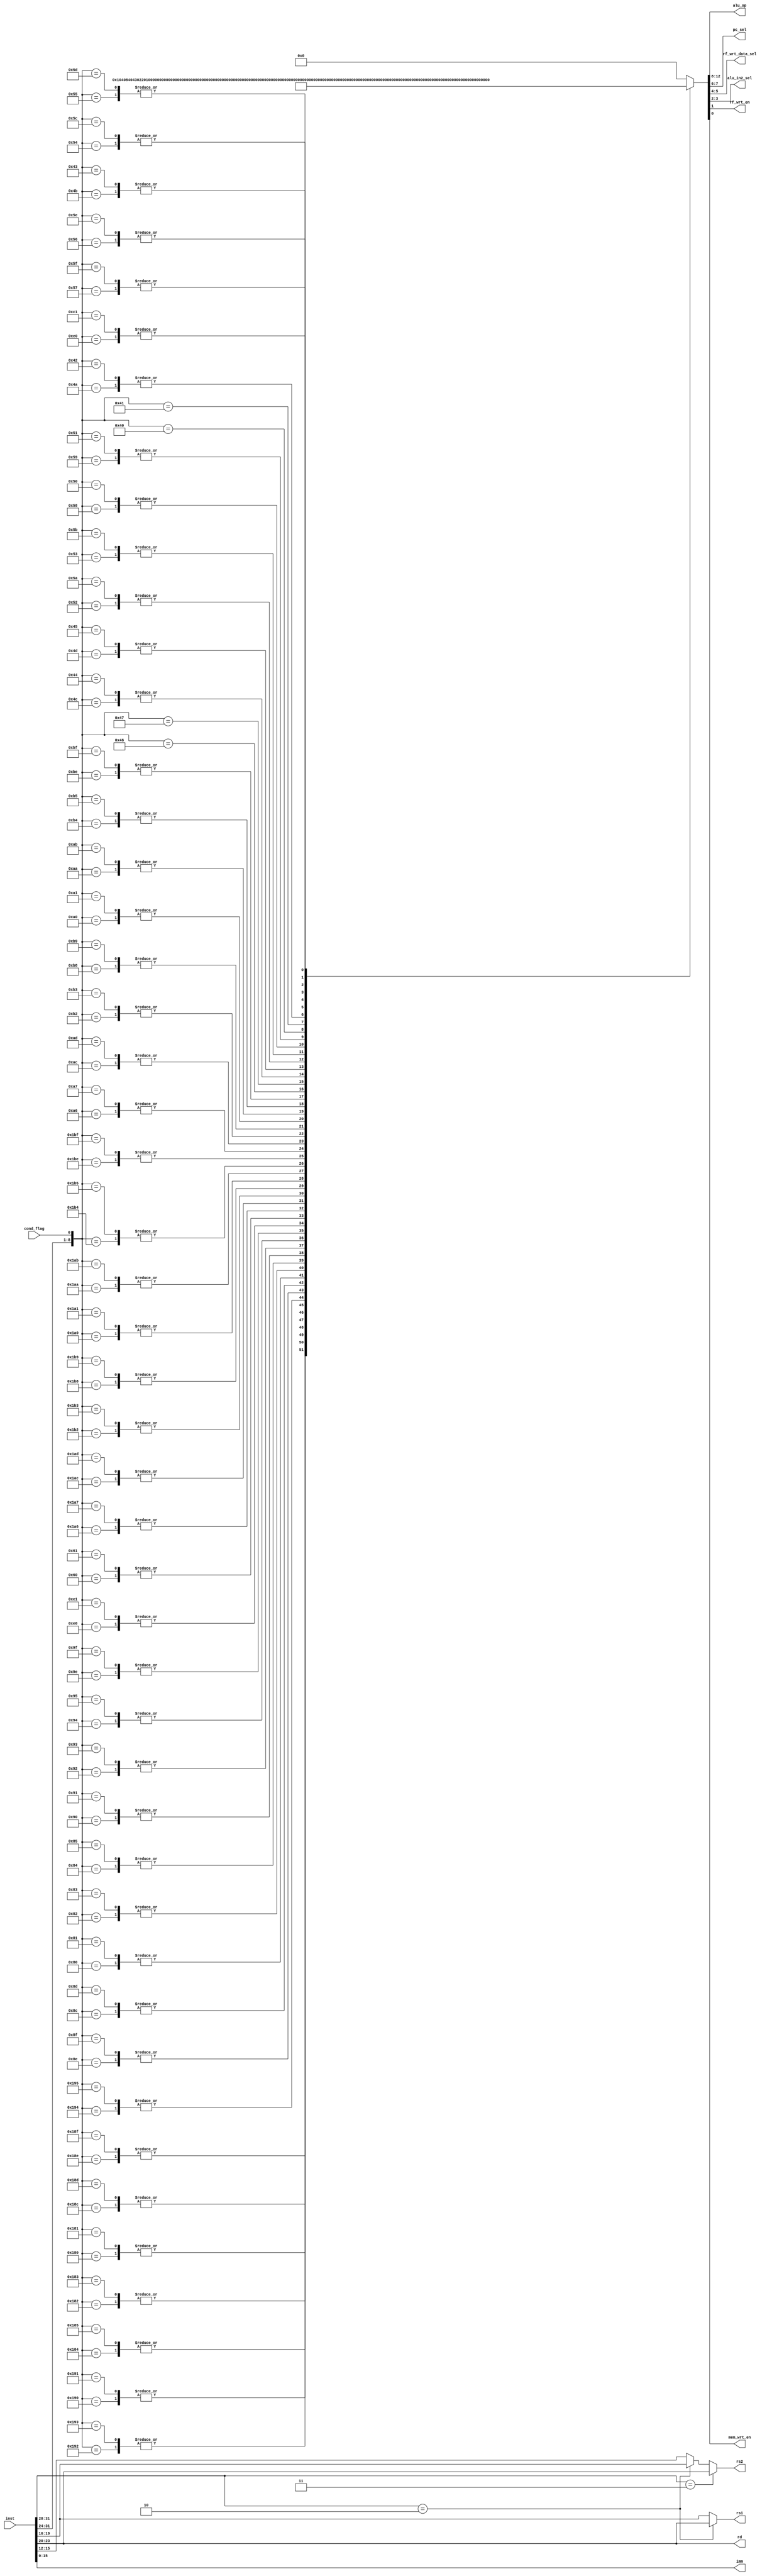
module SCProcController(inst, cond_flag, rd, rs1, rs2, imm, alu_op, pc_sel, rf_wrt_data_sel, alu_in2_sel, rf_wrt_en, mem_wrt_en);
parameter INST_BIT_WIDTH = 32;
parameter REG_INDEX_BIT_WIDTH = 4;
parameter ALU_OP_WIDTH = 5;

input [INST_BIT_WIDTH - 1 : 0] inst;
input cond_flag;
output [REG_INDEX_BIT_WIDTH - 1 : 0] rd;
output [REG_INDEX_BIT_WIDTH - 1 : 0] rs1;
output [REG_INDEX_BIT_WIDTH - 1 : 0] rs2;
output [15: 0] imm;
output [ALU_OP_WIDTH - 1 : 0] alu_op;
output [1 : 0] pc_sel;
output [1 : 0] rf_wrt_data_sel;
output [1 : 0] alu_in2_sel;
output rf_wrt_en;
output mem_wrt_en;

reg [12 : 0] control_signals;
wire [8 : 0] situation;
wire [3 : 0] op;
wire [3 : 0] fn;

assign {op, fn, rd} = inst[31 : 20];
assign situation = {op, fn, cond_flag};
assign {alu_op, pc_sel, rf_wrt_data_sel, alu_in2_sel, rf_wrt_en, mem_wrt_en} = control_signals;
assign imm = inst[15 : 0];

assign rs1 = (op == 4'b0010) ? inst[23 : 20] : inst[19 : 16];
assign rs2 = (op == 4'b0011) ? inst[23 : 20] : ((op == 4'b0010) ? inst[19 : 16] : inst[15 : 12]);

always @(situation) begin
    case (situation)
9'b	110001110	: control_signals <= 13'b	0000000000010	;
9'b	110001111	: control_signals <= 13'b	0000000000010	;
9'b	110001100	: control_signals <= 13'b	0000100000010	;
9'b	110001101	: control_signals <= 13'b	0000100000010	;
9'b	110000000	: control_signals <= 13'b	0001000000010	;
9'b	110000001	: control_signals <= 13'b	0001000000010	;
9'b	110000010	: control_signals <= 13'b	0001100000010	;
9'b	110000011	: control_signals <= 13'b	0001100000010	;
9'b	110000100	: control_signals <= 13'b	0010000000010	;
9'b	110000101	: control_signals <= 13'b	0010000000010	;
9'b	110010000	: control_signals <= 13'b	0010100000010	;
9'b	110010001	: control_signals <= 13'b	0010100000010	;
9'b	110010010	: control_signals <= 13'b	0011000000010	;
9'b	110010011	: control_signals <= 13'b	0011000000010	;
9'b	110010100	: control_signals <= 13'b	0011100000010	;
9'b	110010101	: control_signals <= 13'b	0011100000010	;
9'b	010001110	: control_signals <= 13'b	0000000000110	;
9'b	010001111	: control_signals <= 13'b	0000000000110	;
9'b	010001100	: control_signals <= 13'b	0000100000110	;
9'b	010001101	: control_signals <= 13'b	0000100000110	;
9'b	010000000	: control_signals <= 13'b	0001000000110	;
9'b	010000001	: control_signals <= 13'b	0001000000110	;
9'b	010000010	: control_signals <= 13'b	0001100000110	;
9'b	010000011	: control_signals <= 13'b	0001100000110	;
9'b	010000100	: control_signals <= 13'b	0010000000110	;
9'b	010000101	: control_signals <= 13'b	0010000000110	;
9'b	010010000	: control_signals <= 13'b	0010100000110	;
9'b	010010001	: control_signals <= 13'b	0010100000110	;
9'b	010010010	: control_signals <= 13'b	0011000000110	;
9'b	010010011	: control_signals <= 13'b	0011000000110	;
9'b	010010100	: control_signals <= 13'b	0011100000110	;
9'b	010010101	: control_signals <= 13'b	0011100000110	;
9'b	010011110	: control_signals <= 13'b	1000000000110	;
9'b	010011111	: control_signals <= 13'b	1000000000110	;
9'b	011100000	: control_signals <= 13'b	0000000010110	;
9'b	011100001	: control_signals <= 13'b	0000000010110	;
9'b	001100000	: control_signals <= 13'b	0000000000101	;
9'b	001100001	: control_signals <= 13'b	0000000000101	;
9'b	110100110	: control_signals <= 13'b	0100000000010	;
9'b	110100111	: control_signals <= 13'b	0100000000010	;
9'b	110101100	: control_signals <= 13'b	0100100000010	;
9'b	110101101	: control_signals <= 13'b	0100100000010	;
9'b	110110010	: control_signals <= 13'b	0101000000010	;
9'b	110110011	: control_signals <= 13'b	0101000000010	;
9'b	110111000	: control_signals <= 13'b	0101100000010	;
9'b	110111001	: control_signals <= 13'b	0101100000010	;
9'b	110100000	: control_signals <= 13'b	0110000000010	;
9'b	110100001	: control_signals <= 13'b	0110000000010	;
9'b	110101010	: control_signals <= 13'b	0110100000010	;
9'b	110101011	: control_signals <= 13'b	0110100000010	;
9'b	110110100	: control_signals <= 13'b	0111000000010	;
9'b	110110101	: control_signals <= 13'b	0111000000010	;
9'b	110111110	: control_signals <= 13'b	0111100000010	;
9'b	110111111	: control_signals <= 13'b	0111100000010	;
9'b	010100110	: control_signals <= 13'b	0100000000110	;
9'b	010100111	: control_signals <= 13'b	0100000000110	;
9'b	010101100	: control_signals <= 13'b	0100100000110	;
9'b	010101101	: control_signals <= 13'b	0100100000110	;
9'b	010110010	: control_signals <= 13'b	0101000000110	;
9'b	010110011	: control_signals <= 13'b	0101000000110	;
9'b	010111000	: control_signals <= 13'b	0101100000110	;
9'b	010111001	: control_signals <= 13'b	0101100000110	;
9'b	010100000	: control_signals <= 13'b	0110000000110	;
9'b	010100001	: control_signals <= 13'b	0110000000110	;
9'b	010101010	: control_signals <= 13'b	0110100000110	;
9'b	010101011	: control_signals <= 13'b	0110100000110	;
9'b	010110100	: control_signals <= 13'b	0111000000110	;
9'b	010110101	: control_signals <= 13'b	0111000000110	;
9'b	010111110	: control_signals <= 13'b	0111100000110	;
9'b	010111111	: control_signals <= 13'b	0111100000110	;
9'b	001000110	: control_signals <= 13'b	0100000000000	;
9'b	001000111	: control_signals <= 13'b	0100001000000	;
9'b	001001100	: control_signals <= 13'b	0100100000000	;
9'b	001001101	: control_signals <= 13'b	0100101000000	;
9'b	001010010	: control_signals <= 13'b	0101000000000	;
9'b	001010011	: control_signals <= 13'b	0101001000000	;
9'b	001011000	: control_signals <= 13'b	0101100000000	;
9'b	001011001	: control_signals <= 13'b	0101101000000	;
9'b	001000100	: control_signals <= 13'b	0100100000000	;
9'b	001000101	: control_signals <= 13'b	0100101000000	;
9'b	001011010	: control_signals <= 13'b	0101000000000	;
9'b	001011011	: control_signals <= 13'b	0101001000000	;
9'b	001010000	: control_signals <= 13'b	0101100000000	;
9'b	001010001	: control_signals <= 13'b	0101101000000	;
9'b	001000000	: control_signals <= 13'b	0110000000000	;
9'b	001000001	: control_signals <= 13'b	0110001000000	;
9'b	001001010	: control_signals <= 13'b	0110100000000	;
9'b	001001011	: control_signals <= 13'b	0110101000000	;
9'b	001010100	: control_signals <= 13'b	0111000000000	;
9'b	001010101	: control_signals <= 13'b	0111001000000	;
9'b	001010110	: control_signals <= 13'b	0111100000000	;
9'b	001010111	: control_signals <= 13'b	0111101000000	;
9'b	001000010	: control_signals <= 13'b	0110100000000	;
9'b	001000011	: control_signals <= 13'b	0110101000000	;
9'b	001011100	: control_signals <= 13'b	0111000000000	;
9'b	001011101	: control_signals <= 13'b	0111001000000	;
9'b	001011110	: control_signals <= 13'b	0111100000000	;
9'b	001011111	: control_signals <= 13'b	0111101000000	;
9'b	011000000	: control_signals <= 13'b	0000010101010	;
9'b	011000001	: control_signals <= 13'b	0000010101010	;
        default: control_signals <= 13'b0;
    endcase
end

endmodule